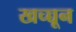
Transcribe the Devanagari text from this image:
खच्च्चून